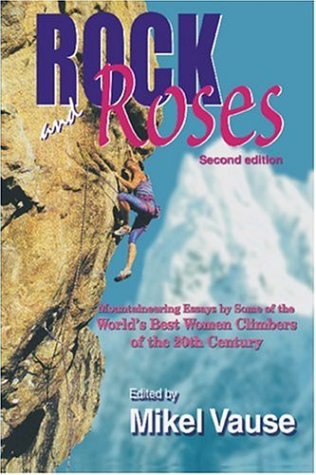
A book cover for Rock and Roses; Mikel Vause; Sports & Outdoors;